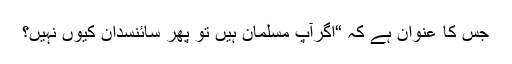
جس کا عنوان ہے کہ “اگرآپ مسلمان ہیں تو پھر سائنسدان کیوں نہیں؟